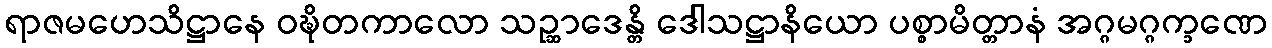
ရာဇမဟေသိဋ္ဌာနေ ဝဍ္ဎိတကာလော သဉ္ဆာဒေန္တိ ဒေါသဋ္ဌာနိယော ပစ္စာမိတ္တာနံ အဂ္ဂမဂ္ဂက္ခဏေ